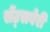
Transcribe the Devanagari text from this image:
सेंट्सबेरी